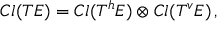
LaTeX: C l ( T E ) = C l ( T ^ { h } E ) \otimes C l ( T ^ { v } E ) \, ,